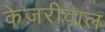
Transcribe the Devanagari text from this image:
केज़रीवाल